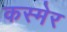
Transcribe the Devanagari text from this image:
कस्मेर